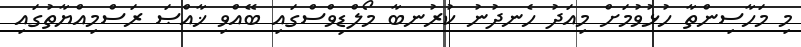
މި މަހާސިންތާ ހުޅުވުމަށް މިއަދު ހެނދުނު ކުރުނބާ މޯލްޑިވްސްގައި ބޭއްވި ޚާއްޞަ ރަސްމިއްޔާތުގައި